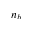
n _ { b }